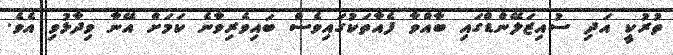
ތުރުކީ އަދި ސުއިޒަލޭންޑްގައި ބާއްވާ ފެއާތަކުގައިވެސް ބައިވެރިވާނެ ކަމަށް އޭނާ ވިދާޅުވި އެވެ.